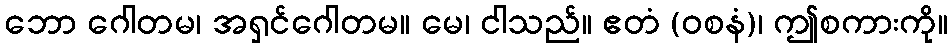
ဘော ဂေါတမ၊ အရှင်ဂေါတမ။ မေ၊ ငါသည်။ ဧတံ (ဝစနံ)၊ ဤစကားကို။